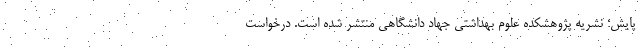
پایش؛ نشریه پژوهشکده علوم بهداشتی جهاد دانشگاهی منتشر شده است. درخواست